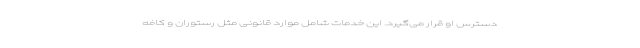
دسترس او قرار می‌گیرد. این خدمات شامل موارد قانونی مثل رستوران و کافه